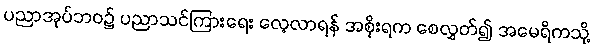
ပညာအုပ်ဘဝ၌ ပညာသင်ကြားရေး လေ့လာရန် အစိုးရက စေလွှတ်၍ အမေရိကသို့